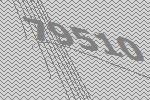
79510